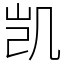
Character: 凯